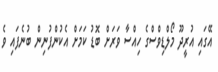
އޭގައި އުރީދޫ މޯލްޑިވްސްގެ ހިއްސާ ވަރަށް ބޮޑު ކަމަށް އެކުންފުނިން ބުނެފައި ވެ